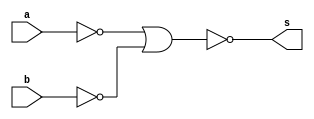
// -------------------------
// Guia_0503.v - GATES
// Nome: Arthur Martinho Medeiros Oliveira
// -------------------------

module f8 (output s, input a, input b);
  // Definir dados locais
  wire not_a, not_b;
  
  // Descrever por portas
  nor NOR1 (not_a, a, a);
  nor NOR2 (not_b, b, b);
  nor NOR3 (s, not_a, not_b);
  
endmodule // f8

module test_f8;
  // Definir dados
  reg x;
  reg y;
  wire s;
  
  f8 moduloE (s, x, y);
  
  // Parte principal
  initial begin : main
      $display("Guia_0503 - Arthur Martinho Medeiros Oliveira - 813168");
    $display("Test module");
    $display(" x y s");
    
    // Ciclo de teste
    x = 0; y = 0;
    #5; 
      
    // Projetar testes do modulo
    $monitor("%4b %4b %4b", x, y, s);
    
    x = 0; y = 1;
    #5; 
    x = 1; y = 0;
    #5; 
    x = 1; y = 1;
    #5;
      
    $finish; // Encerra a simulao
  end
endmodule // test_f8